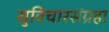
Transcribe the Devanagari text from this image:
सुविचारसंग्रहा